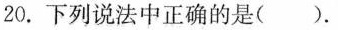
20.下列说法中正确的是().